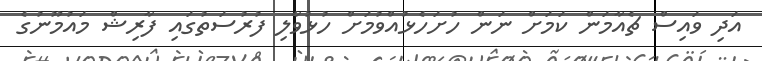
އަދި ވައިސް ޗެއާމަން ކަމަށް ނަން ހުށަހެޅުއްވުމަށް ހުޅުވާލި ފުރުސަތުގައި ފާރިޝް މައުމޫނުގެ